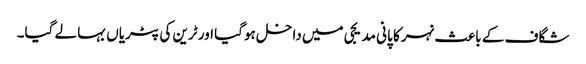
شگاف کے باعث نہر کا پانی مدیجی میں داخل ہوگیا اور ٹرین کی پٹریاں بہا لے گیا۔